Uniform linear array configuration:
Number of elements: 8
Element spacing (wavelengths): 0.25
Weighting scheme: binomial
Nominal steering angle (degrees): -45
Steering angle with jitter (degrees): -44.225
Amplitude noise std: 0.05
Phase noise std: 0.05

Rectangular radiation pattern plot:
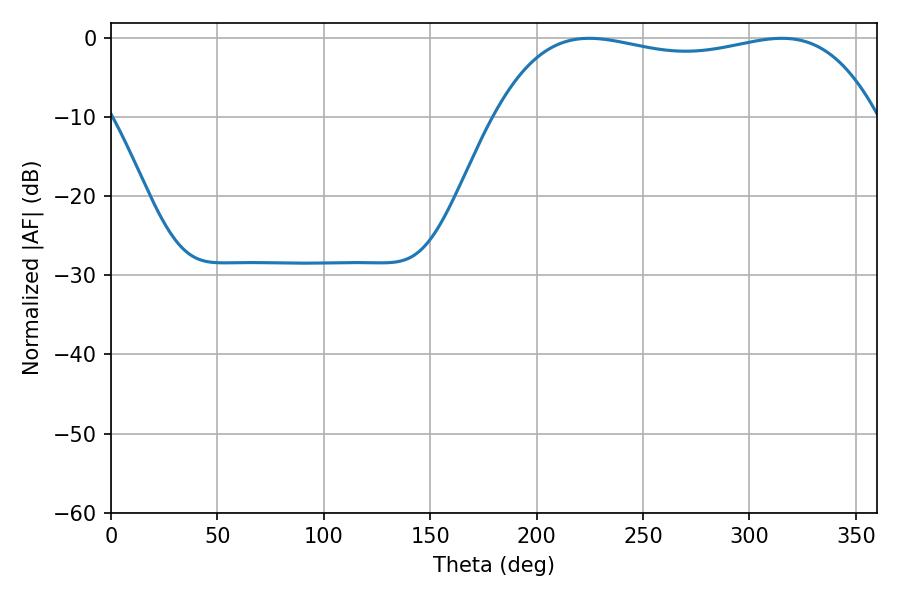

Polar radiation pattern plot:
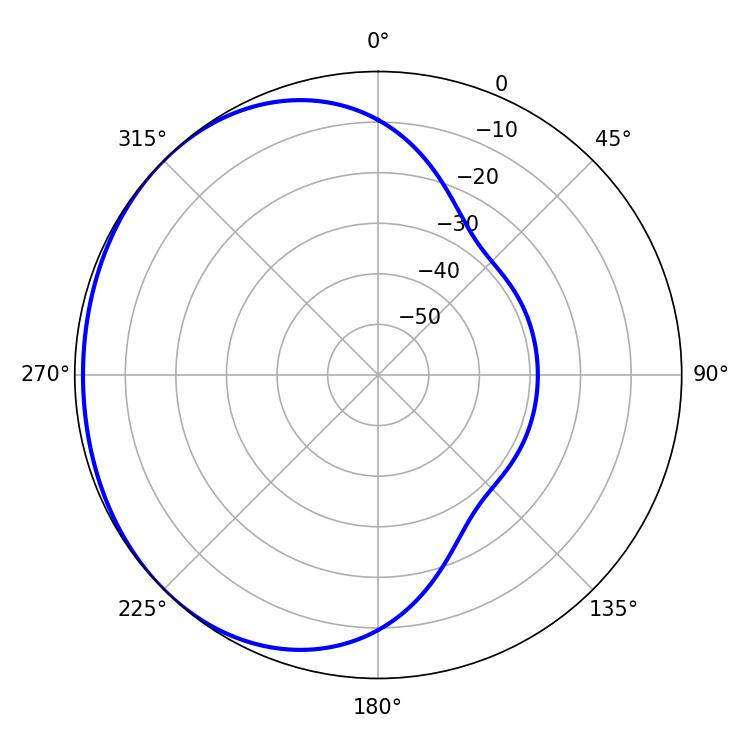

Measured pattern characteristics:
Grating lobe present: FALSE
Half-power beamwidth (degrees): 144.36
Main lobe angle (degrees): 224.82